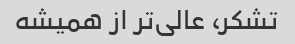
تشکر، عالی‌تر از همیشه